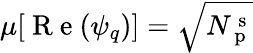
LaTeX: \mu[\mathrm{~R~e~}(\psi_{q})]=\sqrt{N_{\mathrm{~p~}}^{\mathrm{~s~}}}